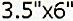
3.5"X6"